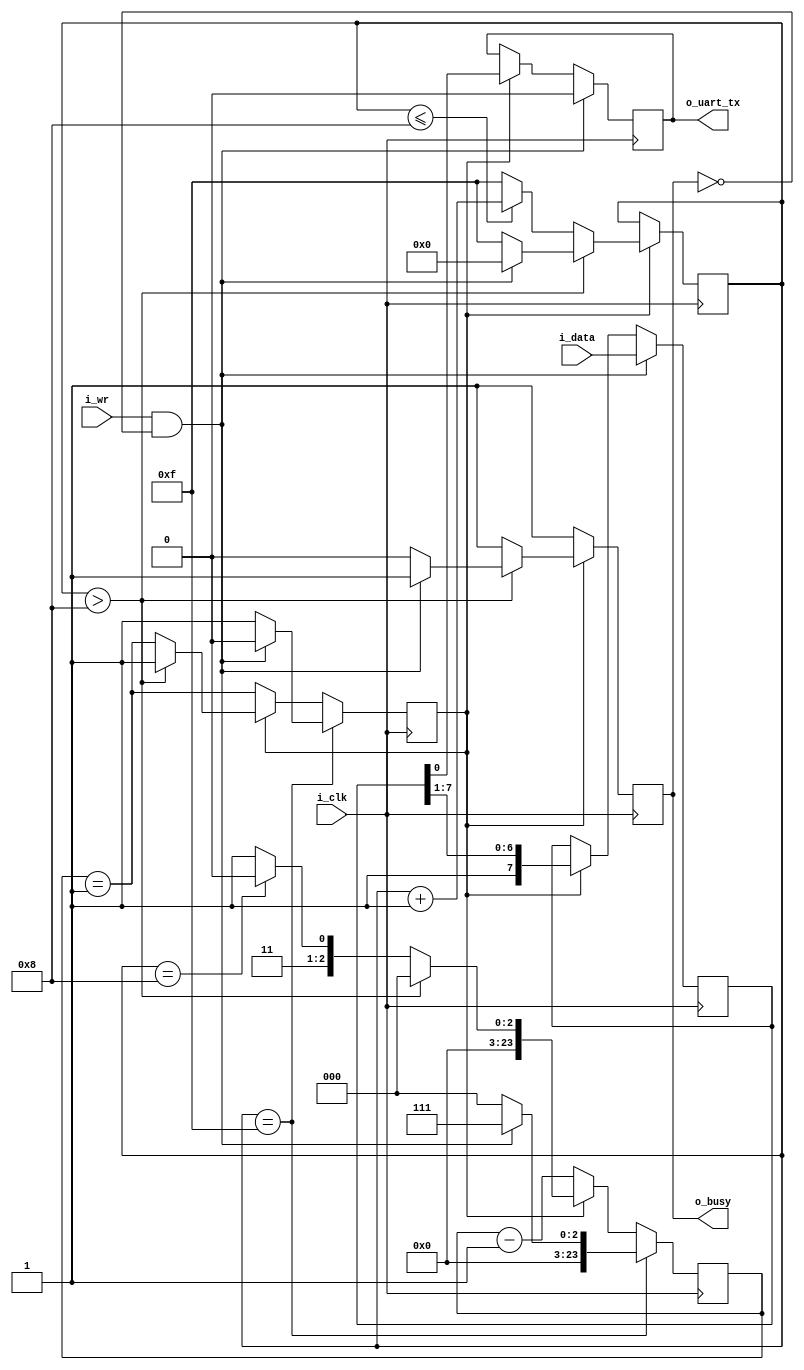
////////////////////////////////////////////////////////////////////////////////
//
// {{{
// Project:	dbgbus, a collection of 8b channel to WB bus debugging protocols
//
// Purpose:	Transmit outputs over a single UART line.  This particular UART
//		implementation has been extremely simplified: it does not handle
//	generating break conditions, nor does it handle anything other than the
//	8N1 (8 data bits, no parity, 1 stop bit) UART sub-protocol.
//
//	To interface with this module, connect it to your system clock, and
//	pass it the byte of data you wish to transmit.  Strobe the i_wr line
//	high for one cycle, and your data will be off.  Wait until the 'o_busy'
//	line is low before strobing the i_wr line again--this implementation
//	has NO BUFFER, so strobing i_wr while the core is busy will just
//	get ignored.  The output will be placed on the o_txuart output line.
//
//	(I often set both data and strobe on the same clock, and then just leave
//	them set until the busy line is low.  Then I move on to the next piece
//	of data.)
//
// Creator:	Dan Gisselquist, Ph.D.
//		Gisselquist Technology, LLC
//
////////////////////////////////////////////////////////////////////////////////
// }}}
// Copyright (C) 2015-2021, Gisselquist Technology, LLC
// {{{
// This file is part of the debugging interface demonstration.
//
// The debugging interface demonstration is free software (firmware): you can
// redistribute it and/or modify it under the terms of the GNU Lesser General 
// Public License as published by the Free Software Foundation, either version
// 3 of the License, or (at your option) any later version.
//
// This debugging interface demonstration is distributed in the hope that it
// will be useful, but WITHOUT ANY WARRANTY; without even the implied warranty
// of MERCHANTIBILITY or FITNESS FOR A PARTICULAR PURPOSE.  See the GNU Lesser
// General Public License for more details.
//
// You should have received a copy of the GNU Lesser General Public License
// along with this program.  (It's in the $(ROOT)/doc directory.  Run make
// with no target there if the PDF file isn't present.)  If not, see
// <http://www.gnu.org/licenses/> for a copy.
// }}}
// License:	LGPL, v3, as defined and found on www.gnu.org,
// {{{
//		http://www.gnu.org/licenses/lgpl.html
//
////////////////////////////////////////////////////////////////////////////////
//
`default_nettype	none
// }}}
module txuartlite #(
		// {{{
		// TIMING_BITS -- the number of bits required to represent
		// the number of clocks per baud.  24 should be sufficient for
		// most baud rates, but you can trim it down to save logic if
		// you would like.  TB is just an abbreviation for TIMING_BITS.
		parameter	[4:0]	TIMING_BITS = 5'd24,
		// CLOCKS_PER_BAUD -- the number of system clocks per baud
		// interval.
		parameter	[(TIMING_BITS-1):0]	CLOCKS_PER_BAUD = 8 // 24'd868
		// }}}
	) (
		// {{{
		input	wire		i_clk,
		input	wire		i_wr,
		input	wire	[7:0]	i_data,
		// And the UART input line itself
		output	reg		o_uart_tx,
		// A line to tell others when we are ready to accept data.  If
		// (i_wr)&&(!o_busy) is ever true, then the core has accepted
		// a byte for transmission.
		output	wire		o_busy
		// }}}
	);

		localparam		TB = TIMING_BITS;
	// Register/net declarations
	// {{{
	localparam [3:0]	TXUL_BIT_ZERO  = 4'h0,
			//	TXUL_BIT_ONE   = 4'h1,
			//	TXUL_BIT_TWO   = 4'h2,
			//	TXUL_BIT_THREE = 4'h3,
			//	TXUL_BIT_FOUR  = 4'h4,
			//	TXUL_BIT_FIVE  = 4'h5,
			//	TXUL_BIT_SIX   = 4'h6,
			//	TXUL_BIT_SEVEN = 4'h7,
				TXUL_STOP      = 4'h8,
				TXUL_IDLE      = 4'hf;

	reg	[(TB-1):0]	baud_counter;
	reg	[3:0]	state;
	reg	[7:0]	lcl_data;
	reg		r_busy, zero_baud_counter;
	// }}}

	// Big state machine controlling: r_busy, state
	// {{{
	//
	initial	r_busy = 1'b1;
	initial	state  = TXUL_IDLE;
	always @(posedge i_clk)
	begin
		if (!zero_baud_counter)
			// r_busy needs to be set coming into here
			r_busy <= 1'b1;
		else if (state > TXUL_STOP)	// STATE_IDLE
		begin
			state <= TXUL_IDLE;
			r_busy <= 1'b0;
			if ((i_wr)&&(!r_busy))
			begin	// Immediately start us off with a start bit
				r_busy <= 1'b1;
				state <= TXUL_BIT_ZERO;
			end
		end else begin
			// One clock tick in each of these states ...
			r_busy <= 1'b1;
			if (state <=TXUL_STOP) // start bit, 8-d bits, stop-b
				state <= state + 1'b1;
			else
				state <= TXUL_IDLE;
		end
	end
	// }}}

	// o_busy
	// {{{
	//
	// This is a wire, designed to be true is we are ever busy above.
	// originally, this was going to be true if we were ever not in the
	// idle state.  The logic has since become more complex, hence we have
	// a register dedicated to this and just copy out that registers value.
	assign	o_busy = (r_busy);
	// }}}

	// lcl_data
	// {{{
	//
	// This is our working copy of the i_data register which we use
	// when transmitting.  It is only of interest during transmit, and is
	// allowed to be whatever at any other time.  Hence, if r_busy isn't
	// true, we can always set it.  On the one clock where r_busy isn't
	// true and i_wr is, we set it and r_busy is true thereafter.
	// Then, on any zero_baud_counter (i.e. change between baud intervals)
	// we simple logically shift the register right to grab the next bit.
	initial	lcl_data = 8'hff;
	always @(posedge i_clk)
		if ((i_wr)&&(!r_busy))
			lcl_data <= i_data;
		else if (zero_baud_counter)
			lcl_data <= { 1'b1, lcl_data[7:1] };
	// }}}

	// o_uart_tx
	// {{{
	//
	// This is the final result/output desired of this core.  It's all
	// centered about o_uart_tx.  This is what finally needs to follow
	// the UART protocol.
	//
	initial	o_uart_tx = 1'b1;
	always @(posedge i_clk)
		if ((i_wr)&&(!r_busy))
			o_uart_tx <= 1'b0;	// Set the start bit on writes
		else if (zero_baud_counter)	// Set the data bit.
			o_uart_tx <= lcl_data[0];
	// }}}

	// Baud counter
	// {{{
	// All of the above logic is driven by the baud counter.  Bits must last
	// CLOCKS_PER_BAUD in length, and this baud counter is what we use to
	// make certain of that.
	//
	// The basic logic is this: at the beginning of a bit interval, start
	// the baud counter and set it to count CLOCKS_PER_BAUD.  When it gets
	// to zero, restart it.
	//
	// However, comparing a 28'bit number to zero can be rather complex--
	// especially if we wish to do anything else on that same clock.  For
	// that reason, we create "zero_baud_counter".  zero_baud_counter is
	// nothing more than a flag that is true anytime baud_counter is zero.
	// It's true when the logic (above) needs to step to the next bit.
	// Simple enough?
	//
	// I wish we could stop there, but there are some other (ugly)
	// conditions to deal with that offer exceptions to this basic logic.
	//
	// 1. When the user has commanded a BREAK across the line, we need to
	// wait several baud intervals following the break before we start
	// transmitting, to give any receiver a chance to recognize that we are
	// out of the break condition, and to know that the next bit will be
	// a stop bit.
	//
	// 2. A reset is similar to a break condition--on both we wait several
	// baud intervals before allowing a start bit.
	//
	// 3. In the idle state, we stop our counter--so that upon a request
	// to transmit when idle we can start transmitting immediately, rather
	// than waiting for the end of the next (fictitious and arbitrary) baud
	// interval.
	//
	// When (i_wr)&&(!r_busy)&&(state == TXUL_IDLE) then we're not only in
	// the idle state, but we also just accepted a command to start writing
	// the next word.  At this point, the baud counter needs to be reset
	// to the number of CLOCKS_PER_BAUD, and zero_baud_counter set to zero.
	//
	// The logic is a bit twisted here, in that it will only check for the
	// above condition when zero_baud_counter is false--so as to make
	// certain the STOP bit is complete.
	initial	zero_baud_counter = 1'b1;
	initial	baud_counter = 0;
	always @(posedge i_clk)
	begin
		zero_baud_counter <= (baud_counter == 1);
		if (state == TXUL_IDLE)
		begin
			baud_counter <= 0;
			zero_baud_counter <= 1'b1;
			if ((i_wr)&&(!r_busy))
			begin
				baud_counter <= CLOCKS_PER_BAUD - 1'b1;
				zero_baud_counter <= 1'b0;
			end
		end else if (!zero_baud_counter)
			baud_counter <= baud_counter - 1'b1;
		else if (state > TXUL_STOP)
		begin
			baud_counter <= 0;
			zero_baud_counter <= 1'b1;
		end else if (state == TXUL_STOP)
			// Need to complete this state one clock early, so
			// we can release busy one clock before the stop bit
			// is complete, so we can start on the next byte
			// exactly 10*CLOCKS_PER_BAUD clocks after we started
			// the last one
			baud_counter <= CLOCKS_PER_BAUD - 2'd2;
		else // All other states
			baud_counter <= CLOCKS_PER_BAUD - 1'b1;
	end
	// }}}
////////////////////////////////////////////////////////////////////////////////
////////////////////////////////////////////////////////////////////////////////
////////////////////////////////////////////////////////////////////////////////
//
// FORMAL METHODS
// {{{
////////////////////////////////////////////////////////////////////////////////
////////////////////////////////////////////////////////////////////////////////
////////////////////////////////////////////////////////////////////////////////
`ifdef	FORMAL
// The formal properties for this file are maintained elsewhere
`endif
// }}}
endmodule